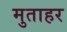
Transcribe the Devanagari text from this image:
मुताहर